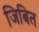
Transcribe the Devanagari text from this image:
जिबित